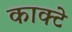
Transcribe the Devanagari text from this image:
काक्टे